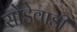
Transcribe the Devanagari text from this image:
सोंडेवाडी